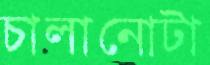
চালানোটা